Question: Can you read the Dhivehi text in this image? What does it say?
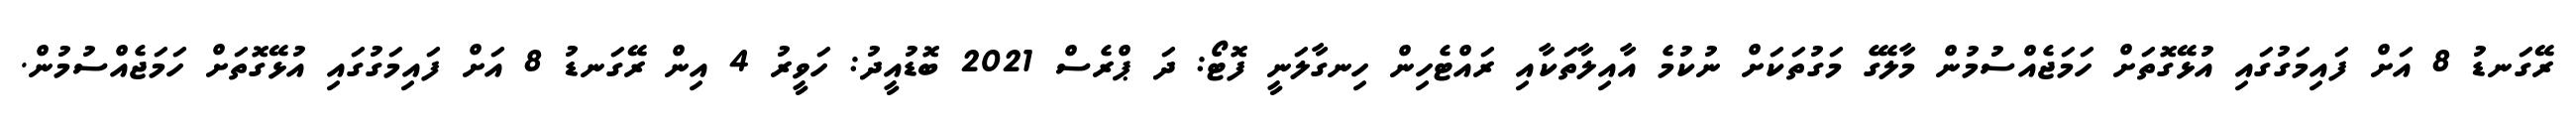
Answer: ރޭގަނޑު 8 އަށް ފައިމަގުގައި އުޅޭގޮތަށް ހަމަޖެއްސުމުން މާލޭގެ މަގުތަކަށް ނުކުމެ އާއިލާތަކާއި ރައްޓެހިން ހިނގާލަނީ ފޮޓޯ: ދަ ޕްރެސް 2021 ބޮޑުއީދު: ހަވީރު 4 އިން ރޭގަނޑު 8 އަށް ފައިމަގުގައި އުޅޭގޮތަށް ހަމަޖެއްސުމުން.